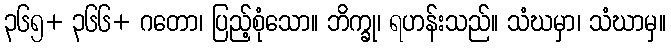
၃၆၅+ ၃၆၆+ ဂတော၊ ပြည့်စုံသော။ ဘိက္ခု၊ ရဟန်းသည်။ သံဃမှာ၊ သံဃာမှ။